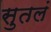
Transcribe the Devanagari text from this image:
सुतलं